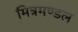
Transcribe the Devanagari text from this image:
मित्रमण्डल